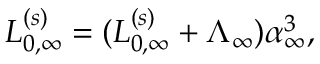
L _ { 0 , \infty } ^ { ( s ) } = ( L _ { 0 , \infty } ^ { ( s ) } + \Lambda _ { \infty } ) \alpha _ { \infty } ^ { 3 } ,